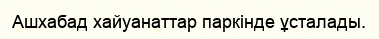
Ашхабад хайуанаттар паркінде ұсталады.